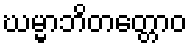
ဃမ္မာဘိတတ္တောဝ